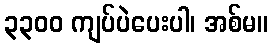
၃၃၀၀ ကျပ်ပဲပေးပါ၊ အစ်မ။